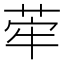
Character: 𦰤